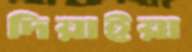
দিয়াইয়া